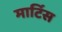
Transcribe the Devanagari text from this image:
मार्टिस